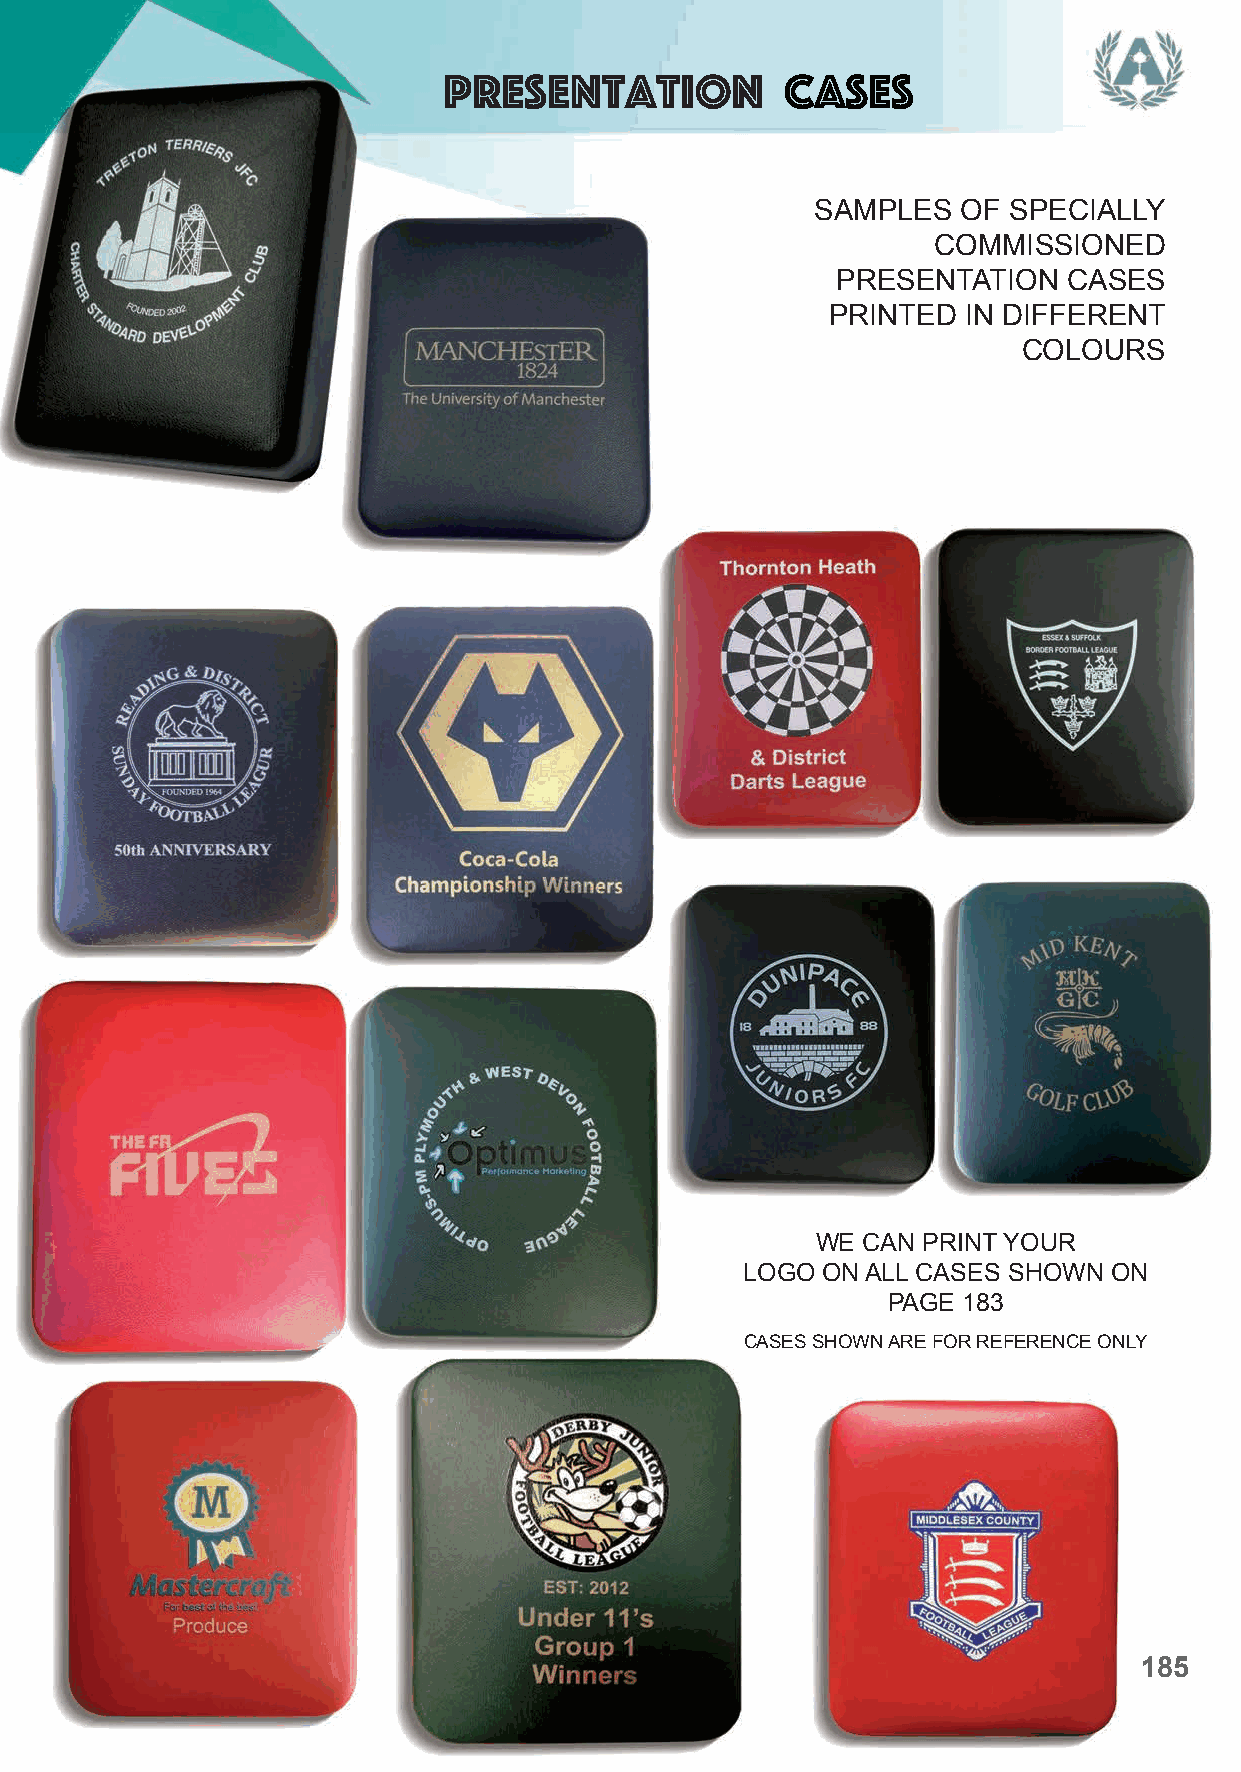
Presentation           Cases
 SAMPLES   OF SPECIALLY
 COMMISSIONED
 PRESENTATION    CASES
 PRINTED  IN DIFFERENT
 COLOURS
 WE CAN PRINT YOUR
 LOGO ON ALL CASES SHOWN ON
 PAGE 183
 CASES SHOWN ARE FOR REFERENCE ONLY
 185